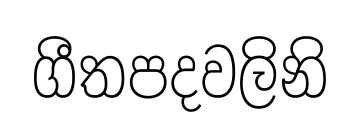
ගීතපදවලිනි